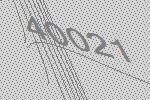
40021